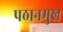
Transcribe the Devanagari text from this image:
पठानमुख